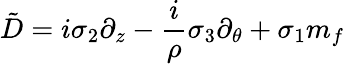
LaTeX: \tilde{D}=i\sigma_{2}\partial_{z}-\frac{i}{\rho}\sigma_{3}\partial_{\theta}+\sigma_{1}m_{f}